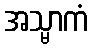
အသ္မာကံ